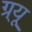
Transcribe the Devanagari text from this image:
ग्र्यू